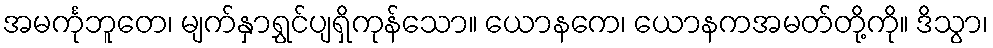
အမင်္ကုဘူတေ၊ မျက်နှာရွှင်ပျရှိကုန်သော။ ယောနကေ၊ ယောနကအမတ်တို့ကို။ ဒိသွာ၊